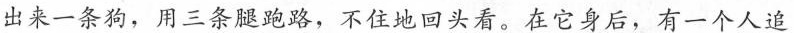
出来一条狗，用三条腿跑路，不住地回头看。在它身后，有一个人追